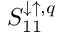
S _ { 1 1 } ^ { \downarrow \uparrow , q }